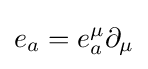
e_{a}=e_{a}^{\mu }\partial _{\mu }